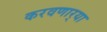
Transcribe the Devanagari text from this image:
करवणार्‍या